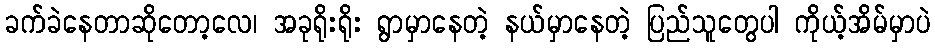
ခက်ခဲနေတာဆိုတော့လေ၊ အခုရိုးရိုး ရွာမှာနေတဲ့ နယ်မှာနေတဲ့ ပြည်သူတွေပါ ကိုယ့်အိမ်မှာပဲ